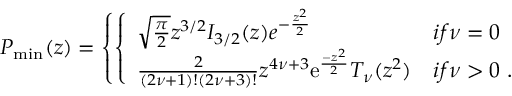
P _ { \mathrm { m i n } } ( z ) = \left\{ \left\{ \begin{array} { l l } { { \sqrt { \frac { \pi } { 2 } } z ^ { 3 / 2 } I _ { 3 / 2 } ( z ) e ^ { - { \frac { z ^ { 2 } } { 2 } } } } } & { { i f \nu = 0 } } \\ { { { \frac { 2 } { ( 2 \nu + 1 ) ! ( 2 \nu + 3 ) ! } } z ^ { 4 \nu + 3 } \mathrm { e } ^ { \frac { - z ^ { 2 } } { 2 } } T _ { \nu } ( z ^ { 2 } ) } } & { { i f \nu > 0 ~ . } } \end{array} \right. \right.